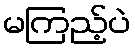
မကြည့်ပဲ